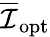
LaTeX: \overline{{\mathcal{I}}}_{\mathrm{opt}}